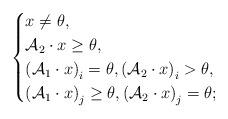
LaTeX: \begin{align*} \begin{cases} x\ne \theta , \\\mathcal{A}_{2}\cdot x\ge\theta, \\\left ( \mathcal{A}_{1}\cdot x \right ) _{i}=\theta , \left ( \mathcal{A}_{2}\cdot x \right ) _{i}>\theta, \\\left ( \mathcal{A}_{1}\cdot x \right ) _{j}\ge \theta , \left ( \mathcal{A}_{2}\cdot x \right ) _{j}=\theta; \end{cases} \end{align*}